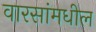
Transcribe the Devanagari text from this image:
वारसांमधील